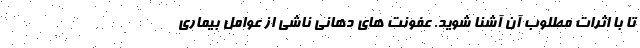
تا با اثرات مطلوب آن آشنا شوید. عفونت های دهانی ناشی از عوامل بیماری